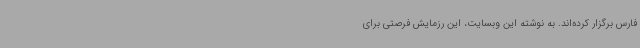
فارس برگزار کرده‌اند. به نوشته این وبسایت، این رزمایش فرصتی برای